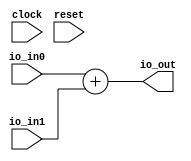
module FixedPointAdder(
  input         clock,
  input         reset,
  input  [15:0] io_in0,
  input  [15:0] io_in1,
  output [15:0] io_out
);
  assign io_out = $signed(io_in0) + $signed(io_in1); // @[Adder.scala 127:20]
endmodule